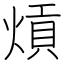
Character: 熕